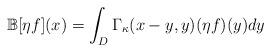
LaTeX: \begin{align*}\mathbb B[\eta f](x)=\int_D\Gamma_\kappa(x-y,y)(\eta f)(y)dy\end{align*}